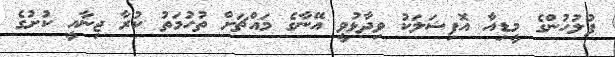
ފުލުހުންގެ މީޑިއާ އޮފިޝަލަކު ވިދާޅުވީ އޭނާގެ މައްޗަށް ތުހުމަތު ކުރާ ޖިނާއީ ކުށުގެ